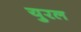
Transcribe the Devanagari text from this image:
युरल